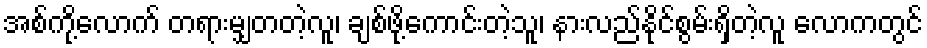
အစ်ကို့လောက် တရားမျှတတဲ့လူ၊ ချစ်ဖို့ကောင်းတဲ့သူ၊ နားလည်နိုင်စွမ်းရှိတဲ့လူ လောကတွင်